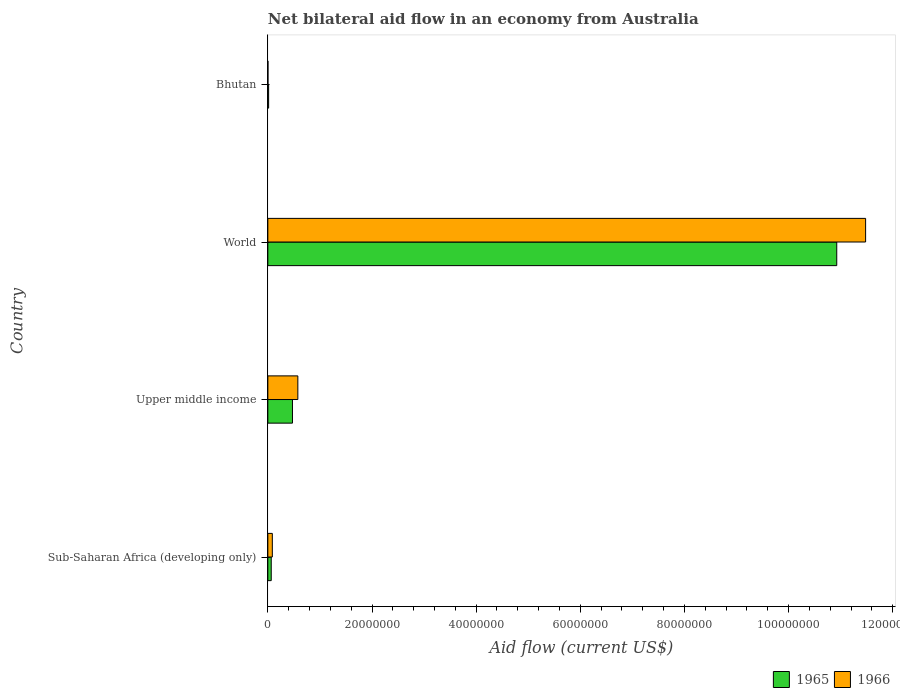
| Country | 1965 | 1966 |
 | --- | --- | --- |
 | Sub-Saharan Africa (developing only) | 6.5e+05 | 8.6e+05 |
 | Upper middle income | 4.73e+06 | 5.76e+06 |
 | World | 1.09e+08 | 1.15e+08 |
 | Bhutan | 1.5e+05 | 2e+04 |